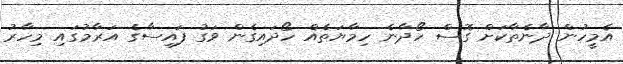
އެމީހުން ދާނެތާކަށް ގޮސް ހޯދާނެ ހިމާޔަތެއް ހޯދައިގެން ވަގު ފައިސާގެ އަރާމުގައި މިހާރު